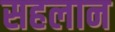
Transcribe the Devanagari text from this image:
सहलान